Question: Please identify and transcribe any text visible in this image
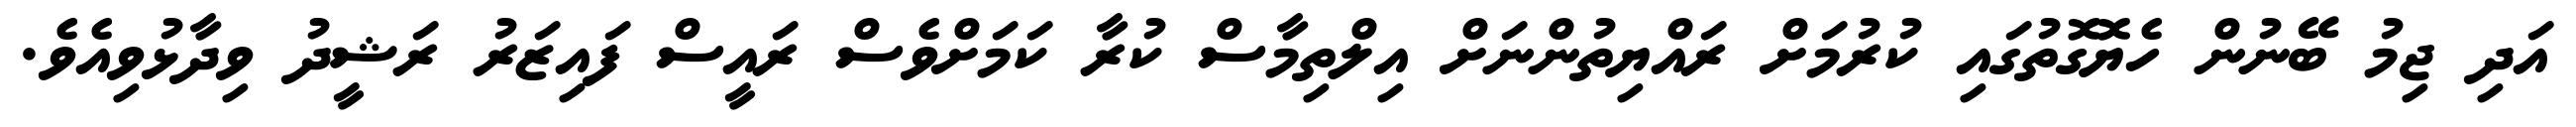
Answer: އަދި ޖިމު ބޭނުން ހެޔޮގޮތުގައި ކުރުމަށް ރައްޔިތުންނަށް އިލްތިމާސް ކުރާ ކަމަށްވެސް ރައީސް ފައިޒަރު ރަޝީދު ވިދާޅުވިއެވެ.